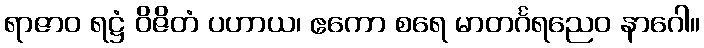
ရာဇာဝ ရဋ္ဌံ ဝိဇိတံ ပဟာယ၊ ဧကော စရေ မာတင်္ဂရညေဝ နာဂေါ။